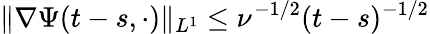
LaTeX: \| \nabla\Psi(t-s,\cdot)\| _{L^{1}}\leq\nu^{-1/2}(t-s)^{-1/2}